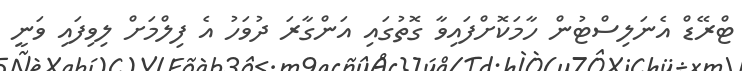
ޓްރޭޑް އެނަލިސްޓުން ހާމަކޮށްފައިވާ ގޮތުގައި އަންގާރަ ދުވަހު އެ ފިލްމަށް ލިވިފައި ވަނީ